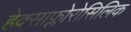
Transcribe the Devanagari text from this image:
हेक्साफ्लोरोसिलिक